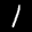
Label: 1